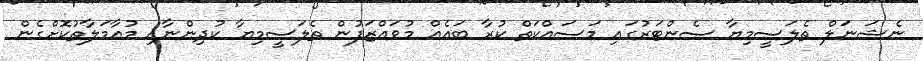
ނެޝަނަލް ތެލަސީމިޔާ ސެންޓަރުގައި މަސައްކަތް ކުރާ ބައެއް މުވައްޒަފުން ތެލަސީމިޔާ ކުދިންނާއި މުއާމަލާތުކޮށްގެން